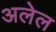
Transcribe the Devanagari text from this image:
अलेल